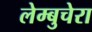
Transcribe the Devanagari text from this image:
लेम्बुचेरा